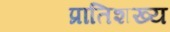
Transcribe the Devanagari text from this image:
प्रातिशख्य